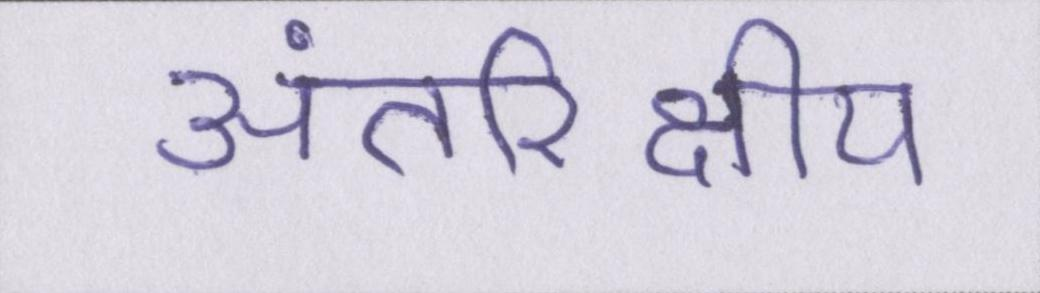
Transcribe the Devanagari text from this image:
अंतरिक्षीय